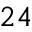
2 4